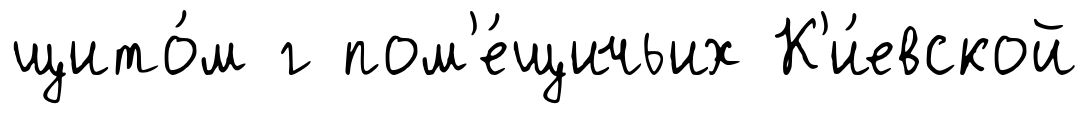
щито́м г пом'е́щичьих К'и́евской